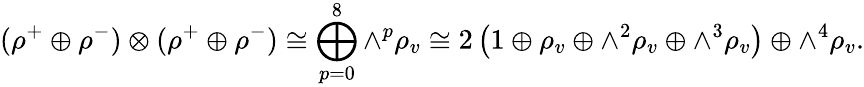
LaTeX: (\rho^{+}\oplus\rho^{-})\otimes(\rho^{+}\oplus\rho^{-})\cong\bigoplus_{p=0}^{8}{\wedge}^{p}\rho_{v}\cong 2\left(1\oplus\rho_{v}\oplus{\wedge}^{2}\rho_{v}\oplus{\wedge}^{3}\rho_{v}\right)\oplus{\wedge}^{4}\rho_{v}.